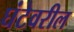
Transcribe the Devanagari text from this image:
घंटेवरील